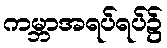
ကမ္ဘာအရပ်ရပ်၌